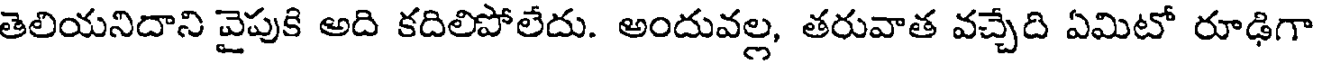
తెలియనిదాని వైపుకి అది కదిలిపోలేదు. అందువల్ల, తరువాత వచ్చేది ఏమిటో రూఢిగా